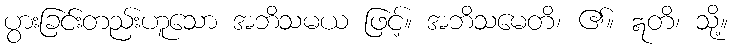
ပွားခြင်းတည်းဟူသော အဘိသမယ ဖြင့်။ အဘိသမေတိ၊ ၏။ ဣတိ၊ သို့။